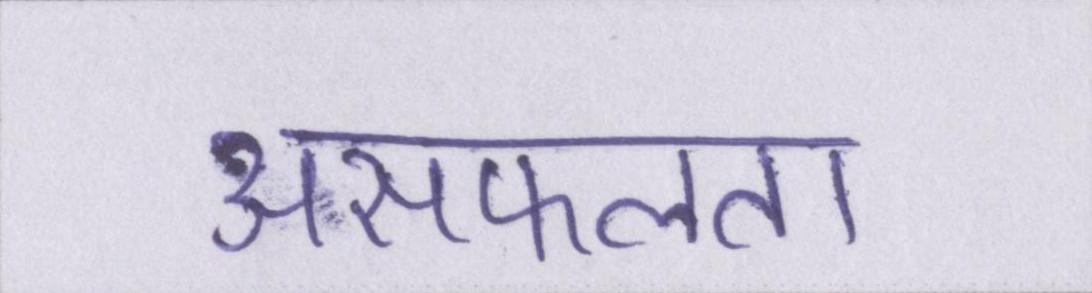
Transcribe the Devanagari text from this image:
असफलता